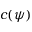
c ( \psi )